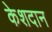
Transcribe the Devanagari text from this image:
केशदान